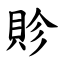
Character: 䝩